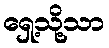
ရှေ့သို့သာ